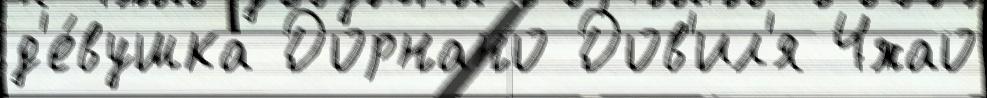
д'е́вушка Дорнано Дов'ил'я Чжао